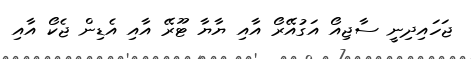
ޖަހައިދިނީ ސާޖިއޯ އަގުއޭރޯ އާއި ޔާޔާ ޓޫރޭ އާއި އެޑިން ޖެކޯ އާއި